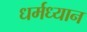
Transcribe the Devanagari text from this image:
धर्मध्यान